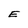
Character: E